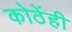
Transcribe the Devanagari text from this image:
कोठेंही